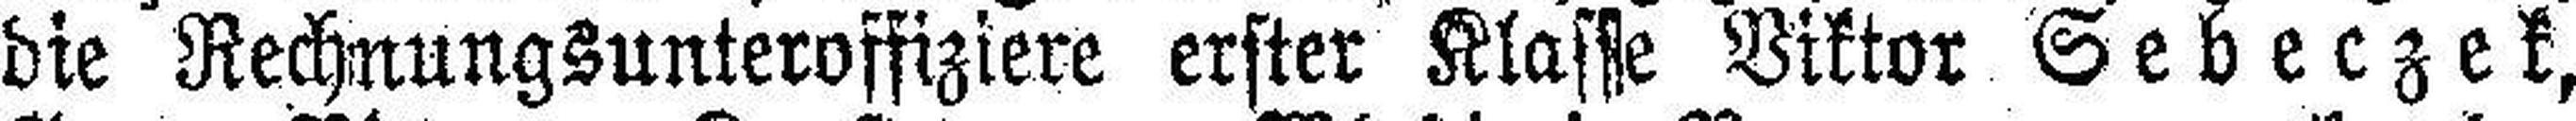
die Rechnungsunteroffiziere erster Klasse Viktor Sebeczek,